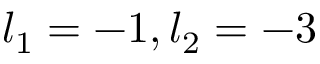
l _ { 1 } = - 1 , l _ { 2 } = - 3